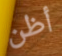
أظن